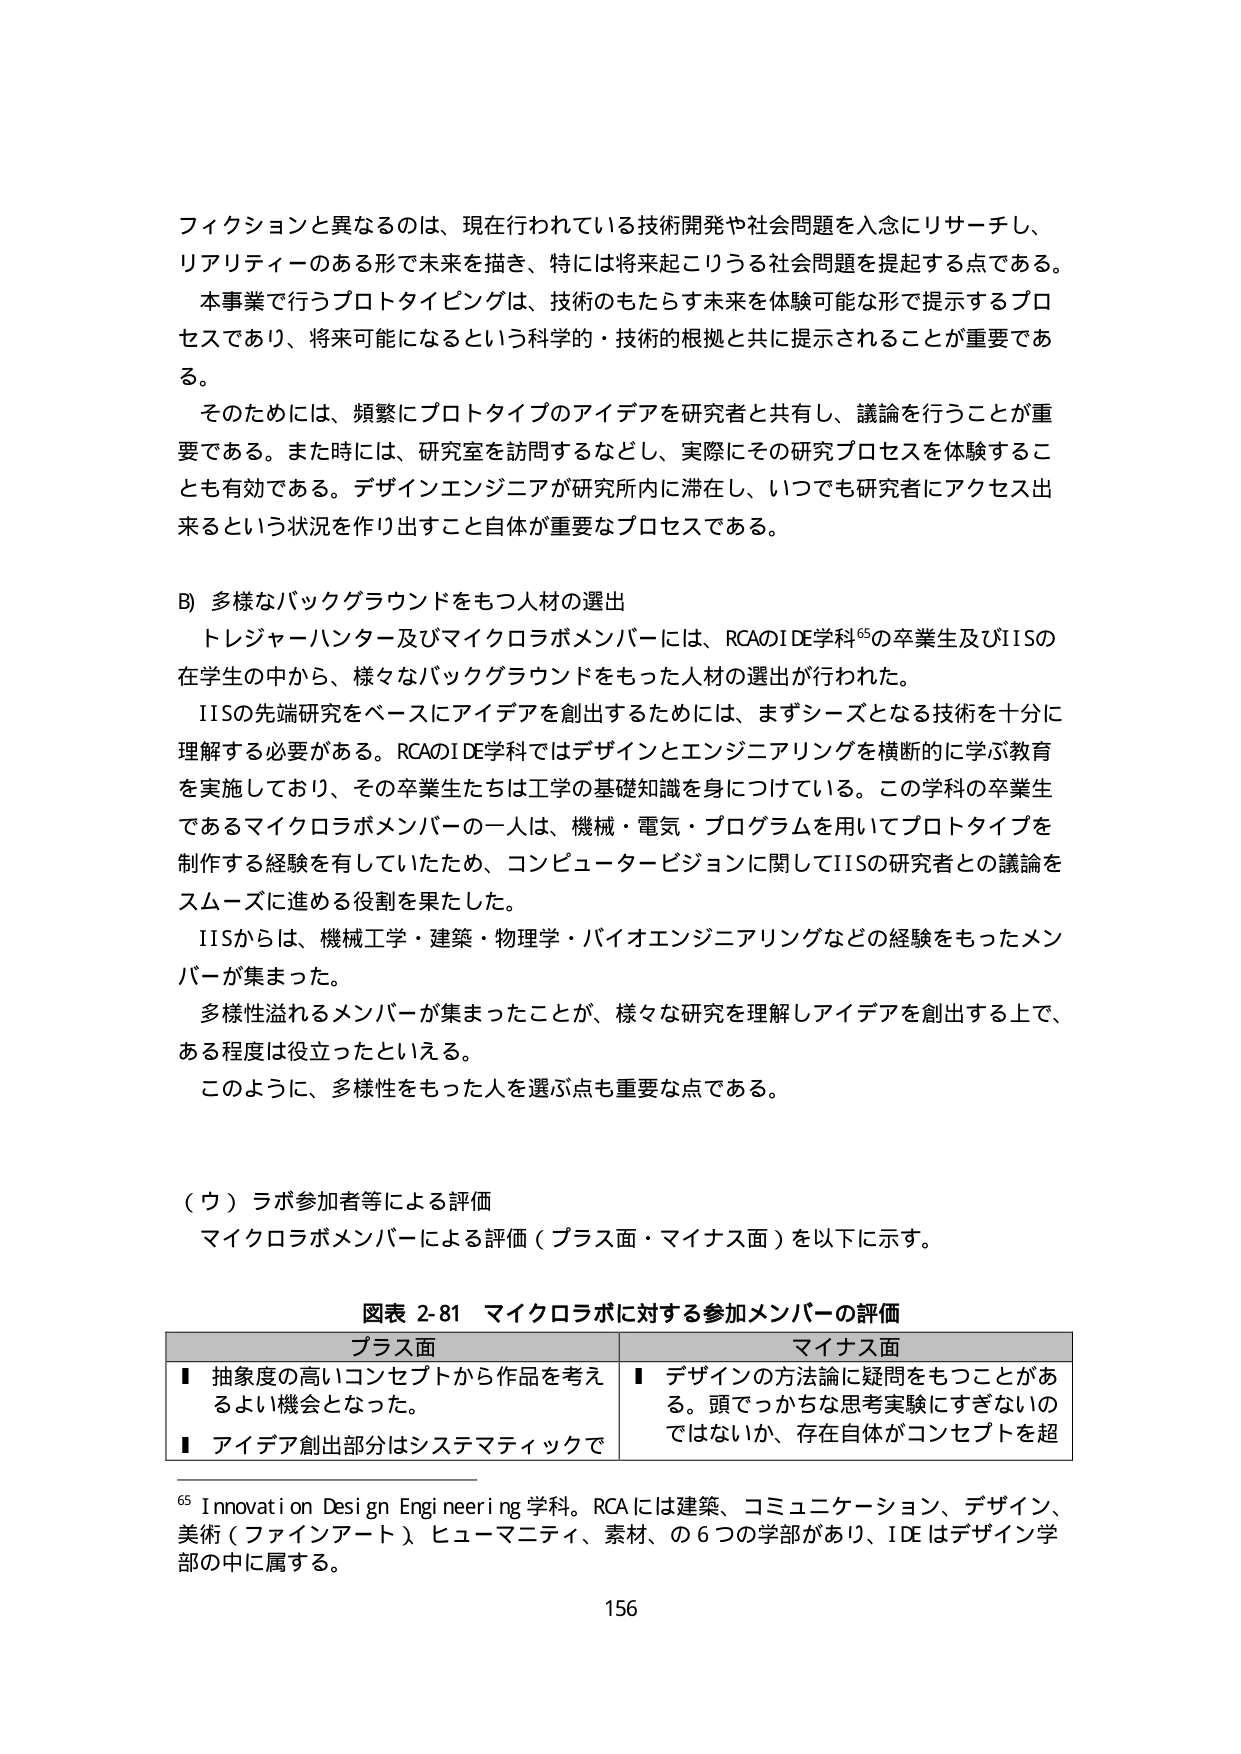
フィクションと異なるのは、現在行われている技術開発や社会問題を入念にリサーチし、
リアリティーのある形で未来を描き、特には将来起こりうる社会問題を提起する点である。
本事業で行うプロトタイピングは、技術のもたらす未来を体験可能な形で提示するプロ
セスであり、将来可能になるという科学的・技術的根拠と共に提示されることが重要であ
る。
そのためには、頻繁にプロトタイプのアイデアを研究者と共有し、議論を行うことが重
要である。また時には、研究室を訪問するなどし、実際にその研究プロセスを体験するこ
とも有効である。デザインエンジニアが研究所内に滞在し、いつでも研究者にアクセス出
来るという状況を作り出すこと自体が重要なプロセスである。

B) 多様なバックグラウンドをもつ人材の選出
トレジャーハンター及びマイクロラボメンバーには、RCAのIDE学科⁶⁵の卒業生及びIISの
在学生の中から、様々なバックグラウンドをもった人材の選出が行われた。
IISの先端研究をベースにアイデアを創出するためには、まずシーズとなる技術を十分に
理解する必要がある。RCAのIDE学科ではデザインとエンジニアリングを横断的に学ぶ教育
を実施しており、その卒業生たちは工学の基礎知識を身につけている。この学科の卒業生
であるマイクロラボメンバーの一人は、機械・電気・プログラムを用いてプロトタイプを
制作する経験を有していたため、コンピュータービジョンに関してIISの研究者との議論を
スムーズに進める役割を果たした。
IISからは、機械工学・建築・物理学・バイオエンジニアリングなどの経験をもったメン
バーが集まった。
多様性溢れるメンバーが集まったことが、様々な研究を理解しアイデアを創出する上で、
ある程度は役立ったといえる。
このように、多様性をもった人を選ぶ点も重要な点である。

（ウ）ラボ参加者等による評価
マイクロラボメンバーによる評価（プラス面・マイナス面）を以下に示す。

図表 2-81 マイクロラボに対する参加メンバーの評価
| プラス面 | マイナス面 |
|----------|------------|
| ■ 抽象度の高いコンセプトから作品を考えるよい機会となった。 | ■ デザインの方法論に疑問をもつことがあ る。頭でっかちな思考実験にすぎないの ではないか、存在自体がコンセプトを超 |
| ■ アイデア創出部分はシステマティックで | |

⁶⁵ Innovation Design Engineering 学科。RCA には建築、コミュニケーション、デザイン、
美術（ファインアート）、ヒューマニティ、素材、の 6 つの学部があり、IDE はデザイン学
部の中に属する。

156